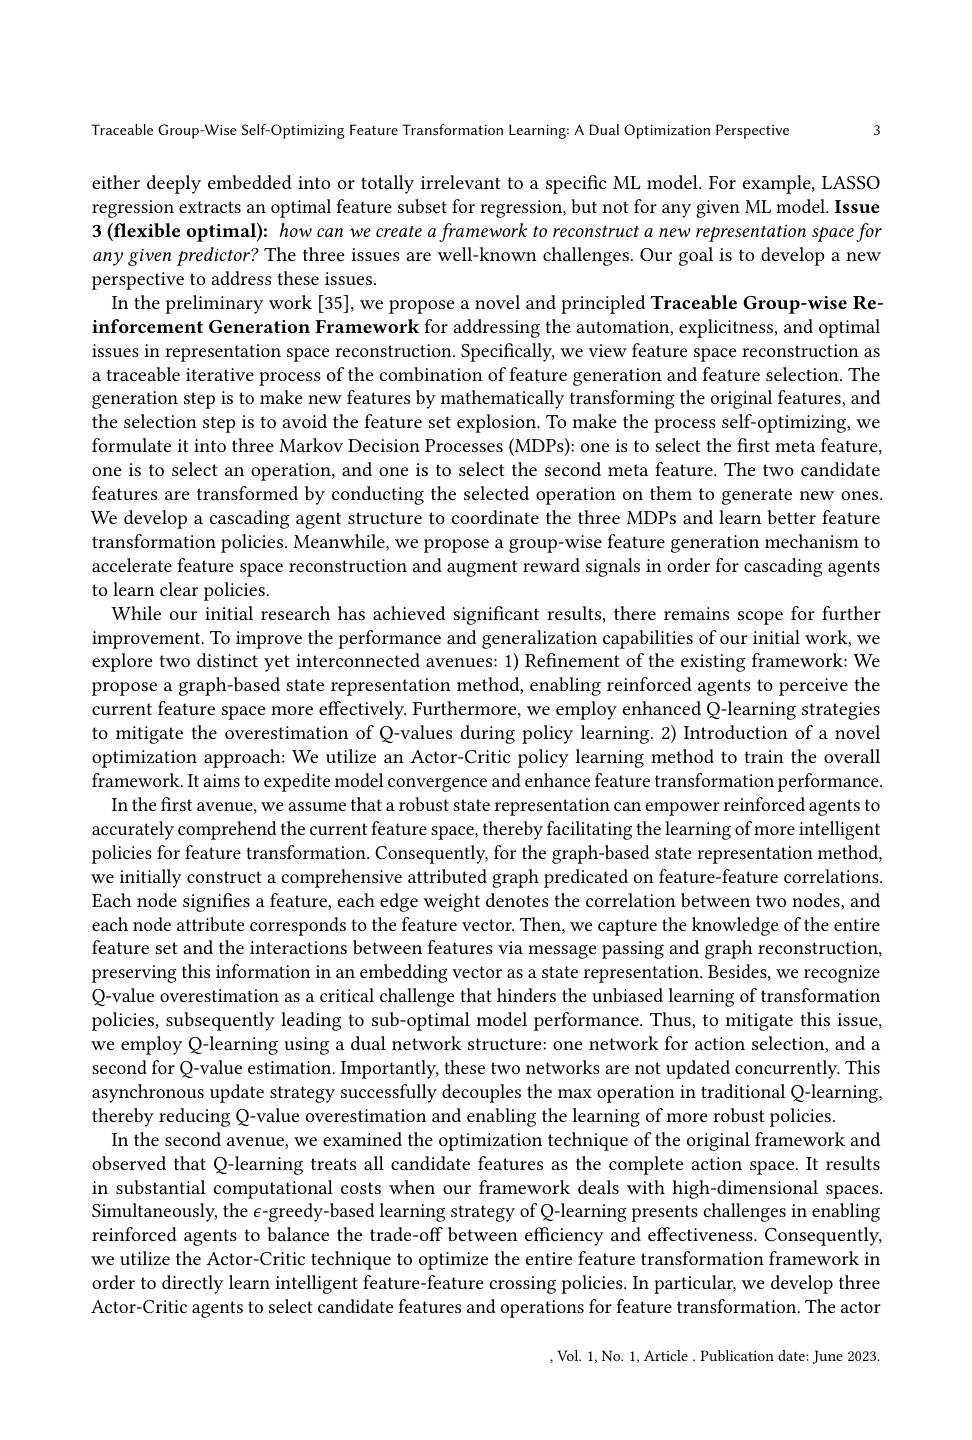
3

Traceable Group-Wise Self-Optimizing Feature Transformation Learning: A Dual Optimization Perspective

either deeply embedded into or totally irrelevant to a specific ML model. For example, LASSO regression extracts an optimal feature subset for regression, but not for any given ML model. Issue $3\left(\textbf{flexible optimal}\right){:}howcan$ we create a framework to reconstruct a new representation space for any given predictor? The three issues are well-known challenges. Our goal is to develop a new perspective to address these issues.
In the preliminary work[35], we propose a novel and principled Traceable Group-wise Reinforcement Generation Framework for addressing the automation, explicitness, and optimal issues in representation space reconstruction. Specifically, we view feature space reconstruction as a traceable iterative process of the combination of feature generation and feature selection. The generation step is to make new features by mathematically transforming the original features, and the selection step is to avoid the feature set explosion. To make the process self-optimizing, we formulate it into three Markov Decision Processes (MDPs): one is to select the first meta feature, one is to select an operation, and one is to select the second meta feature. The two candidate features are transformed by conducting the selected operation on them to generate new ones. We develop a cascading agent structure to coordinate the three MDPs and learn better feature transformation policies. Meanwhile, we propose a group-wise feature generation mechanism to accelerate feature space reconstruction and augment reward signals in order for cascading agents to learn clear policies.
While our initial research has achieved significant results, there remains scope for further improvement. To improve the performance and generalization capabilities of our initial work, we explore two distinct yet interconnected avenues: 1) Refinement of the existing framework: We propose a graph-based state representation method, enabling reinforced agents to perceive the current feature space more effectively. Furthermore, we employ enhanced Q-learning strategies to mitigate the overestimation of Q-values during policy learning. 2) Introduction of a novel optimization approach: We utilize an Actor-Critic policy learning method to train the overall framework. It aims to expedite model convergence and enhance feature transformation performance.
In the first avenue, we assume that a robust state representation can empower reinforced agents to accurately comprehend the current feature space, thereby facilitating the learning of more intelligent policies for feature transformation. Consequently, for the graph-based state representation method, we initially construct a comprehensive attributed graph predicated on feature-feature correlations. Each node signifies a feature, each edge weight denotes the correlation between two nodes, and each node attribute corresponds to the feature vector. Then, we capture the knowledge of the entire feature set and the interactions between features via message passing and graph reconstruction, preserving this information in an embedding vector as a state representation. Besides, we recognize Q-value overestimation as a critical challenge that hinders the unbiased learning of transformation policies, subsequently leading to sub-optimal model performance. Thus, to mitigate this issue, we employ Q-learning using a dual network structure: one network for action selection, and a second for Q-value estimation. Importantly, these two networks are not updated concurrently. This asynchronous update strategy successfully decouples the max operation in traditional Q-learning, thereby reducing Q-value overestimation and enabling the learning of more robust policies.
In the second avenue, we examined the optimization technique of the original framework and observed that Q-learning treats all candidate features as the complete action space. It results in substantial computational costs when our framework deals with high-dimensional spaces. Simultaneously, the $\epsilon$-greedy-based learning strategy of Q-learning presents challenges in enabling reinforced agents to balance the trade-off between efficiency and effectiveness. Consequently, we utilize the Actor-Critic technique to optimize the entire feature transformation framework in order to directly learn intelligent feature-feature crossing policies. In particular, we develop three Actor-Critic agents to select candidate features and operations for feature transformation. The actor
,Vol. 1,No. 1,Article. Publication date: June 2023